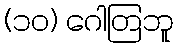
(၁၀) ဂေါတြဘူ